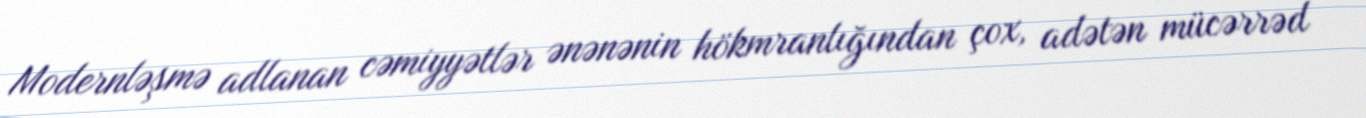
Modernləşmə adlanan cəmiyyətlər ənənənin hökmranlığından çox, adətən mücərrəd